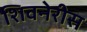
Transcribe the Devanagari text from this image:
शिवनेरीस